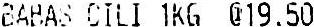
BAHAS CILI 1KG @19.50